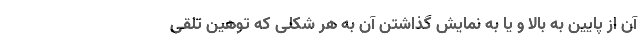
آن از پایین به بالا و یا به نمایش گذاشتن آن به هر شکلی که توهین تلقی